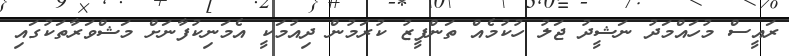
ރައީސް މުހައްމަދު ނަޝީދު ޖަލު ހުކުމެއް ތަންފީޒު ކުރަމުން ދިއުމަކީ އެމަނިކުފާނަށް މަޝްވަރާތަކުގައި